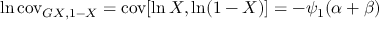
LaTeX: \ln \operatorname { c o v } _ { G X , 1 - X } = \operatorname { c o v } [ \ln X , \ln ( 1 - X ) ] = - \psi _ { 1 } ( \alpha + \beta )